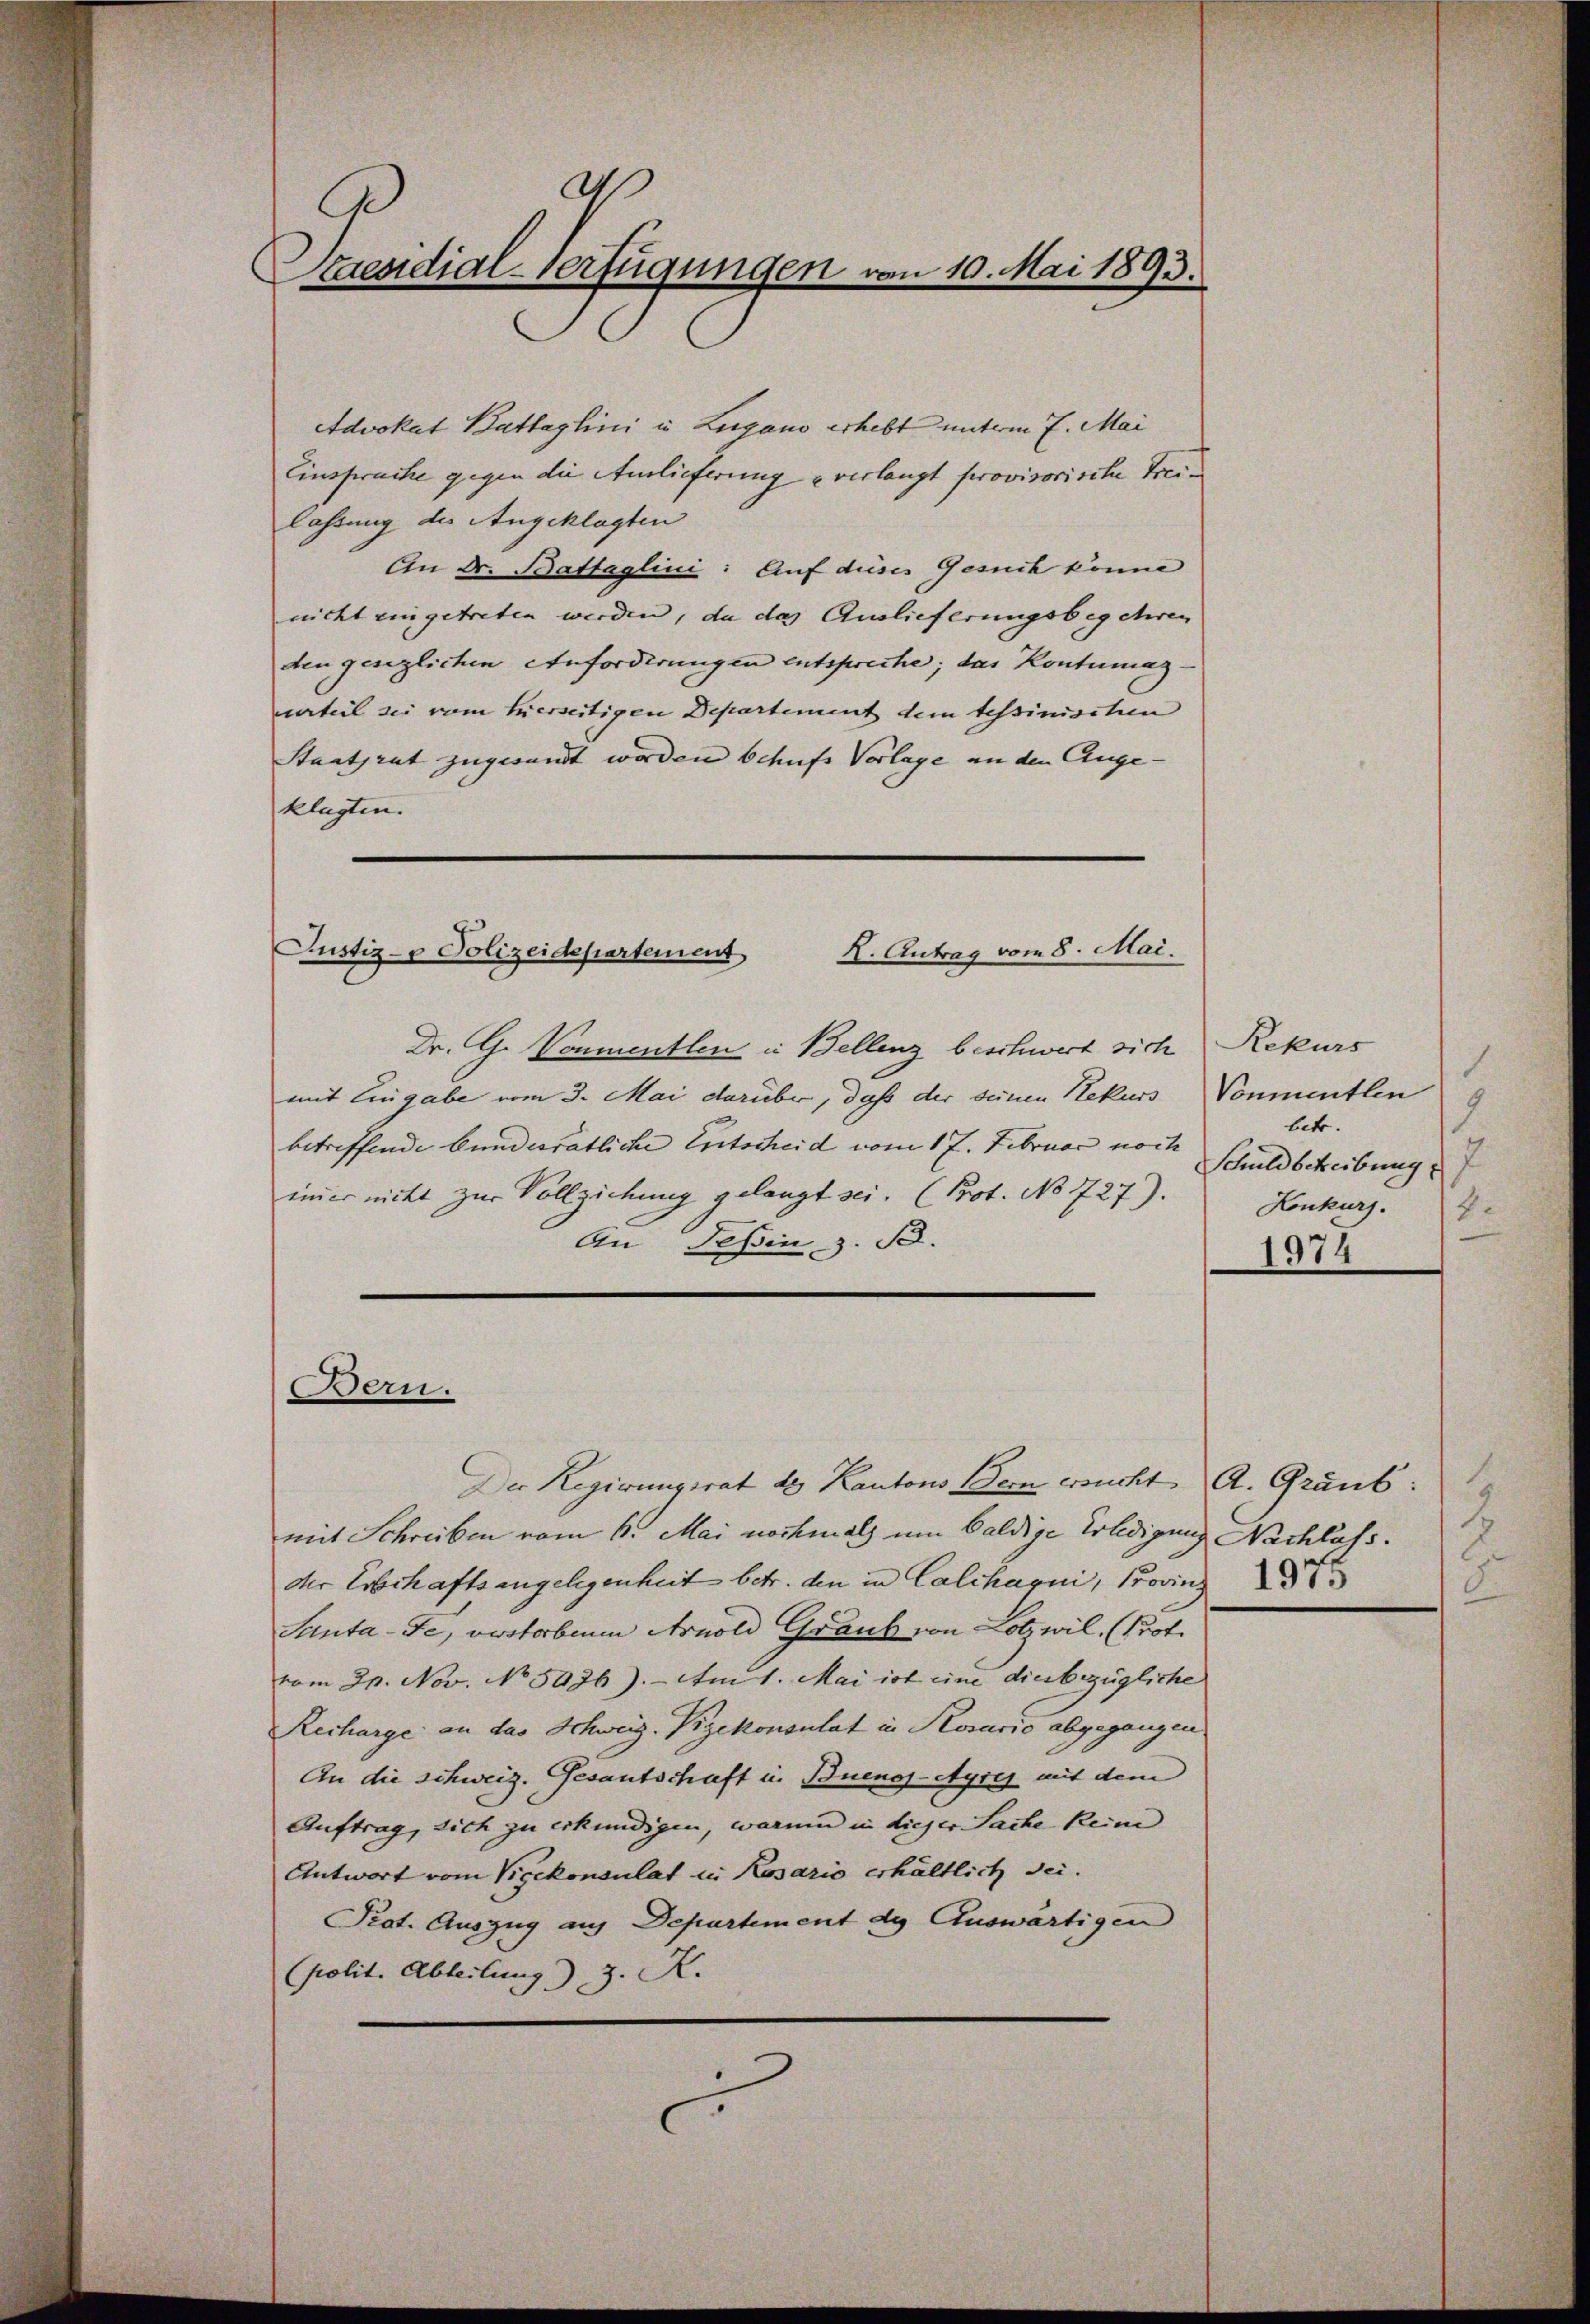
aß
C
Praesidial-Verfügungen von 10. Mai 1893.

Advokat Battaglini in Lugano erhebt unterm 7. Mai
Einspruche gegen die Anlieferung u verlangt provisorische Frei-
lastung des Angeklagten
An Dr. Battaglini: Auf dieses Gesuch könne
nicht eingetreten werden, da das Auslieferungsbegehren
den gesezlichen Anforderungen entspreche; das Kontumaz-
vrteil sie vom hierseitigen Departement dem tessinischen
Staatsrat zugesandt worden behufs Vorlage an den Auge-
klagten.

X. Antrag vom 8. Mai.
Justiz- & Polizeidepartement

Dr. G. Vonmentlen in Bellenz beschwert sich
mit Eingabe vom 3. Mai darüber, daß der seinen Nekurs Vonmentlen
betreffende bundesrätliche Entscheid vom 17. Februar noch
immer nicht zur Vollziehung gelangt sei. (Prot. No 727).
An Tessin z. B.
Der Regierungsrat de Kantons Bern ersucht A. Graub:
mit Schreiben vom 1. Mai nochmals um baldige Erledigung Nachlass.
der Erbschaftsangelegenheit betr. den in Calcharni, Provinz
Santa-Fe, verstorbenen Arnold Graub von Lotzwil, (Prof.
vom 21. Nov. No 5936). Ant. Mai ist eine diesbezügliche
Recharge an das Schweiz. Vizekonsulat in Kosario abgegangen
An die schweiz. Gesantschaft in Buenos-Ayres mit dem
Auftrag, sich zu erkundigen, warum in dieser Sache keine
Antwort vom Vizekonsulat in Kosario erhältlich sei.
Prot. Auszug auf Departement de Auswärtigen
Polit. Abteilung) J. K.

Bern.

Rekurs
1
9
1
betr.
Schuldscheibung
Konkurs.
4
1974

E
2
.